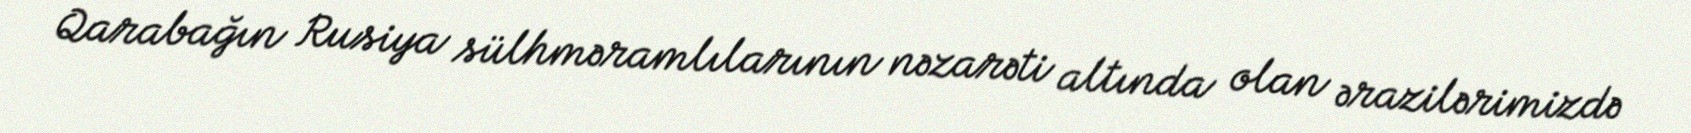
Qarabağın Rusiya sülhməramlılarının nəzarəti altında olan ərazilərimizdə